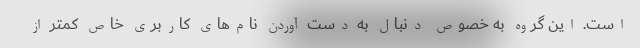
است. این گروه به خصوص دنبال به دست آوردن نام‌های کاربری خاص کمتر از